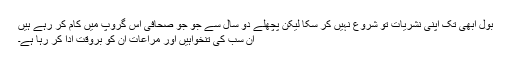
بول ابھی تک اپنی نشریات تو شروع نہیں کر سکا لیکن پچھلے دو سال سے جو جو صحافی اس گروپ میں کام کر رہے ہیں
ان سب کی تنخواہیں اور مراعات ان کو بروقت ادا کر رہا ہے۔